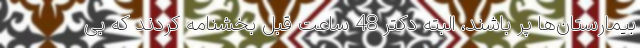
بیمارستان‌ها پر باشند، البته دکتر 48 ساعت قبل بخشنامه کردند که بی